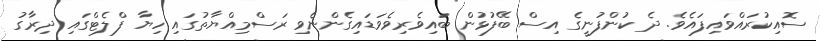
ސޮއިކުރައްވައިފައެވެ. ދެ ކުންފުނީގެ އިސް ބޭފުޅުން ބައިވެރިވެވަޑައިގެންނެވި ރަސްމިއްޔާތުގައި ހިޔާ ފްލެޓްގައި ދިރާގު